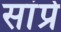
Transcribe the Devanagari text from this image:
सांप्रे